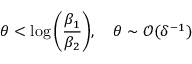
\theta < \log { \left( \frac { \beta _ { 1 } } { \beta _ { 2 } } \right) } , \quad \theta \sim \mathcal { O } ( \delta ^ { - 1 } )